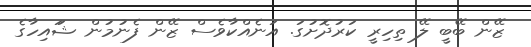
ޒޭން ބޭބީ ލޭ ތިހިރީ ކަރުދޮށުގަ. އަނެއްކާވެސް ޒޭން ފެނުމުން ޝަައިހާާގެ